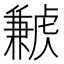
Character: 𧈁